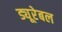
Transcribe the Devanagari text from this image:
ड्यूरेबल